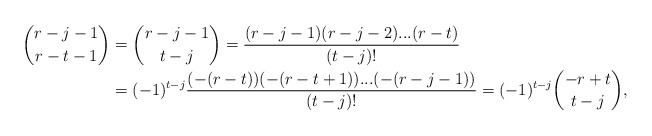
\begin{align*}\binom{r-j-1}{r-t-1}&=\binom{r-j-1}{t-j}=\frac{(r-j-1)(r-j-2)...(r-t)}{(t-j)!}\\&=(-1)^{t-j}\frac{(-(r-t))(-(r-t+1))...(-(r-j-1))}{(t-j)!}=(-1)^{t-j}\binom{-r+t}{t-j},\end{align*}